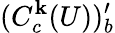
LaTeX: (C_{c}^{\mathbf{k}}(U))_{b}^{\prime}